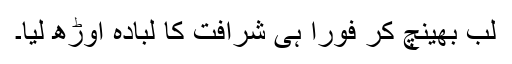
لب بھینچ کر فوراً ہی شرافت کا لبادہ اوڑھ لیا۔